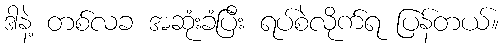
ဒါနဲ့ တစ်လခ အဆုံးခံပြီး ရပ်စဲလိုက်ရ ပြန်တယ်။